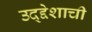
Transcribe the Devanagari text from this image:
उद्द्देशाची